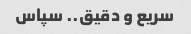
سریع و دقیق.. سپاس